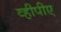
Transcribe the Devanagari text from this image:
व्हीपीए